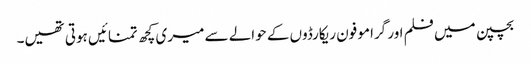
بچپن میں فلم اور گرامو فون ریکارڈوں کے حوالے سے میری کچھ تمنائیں ہوتی تھیں۔